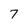
Character: 7